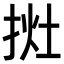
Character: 𢭭